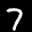
Label: 7